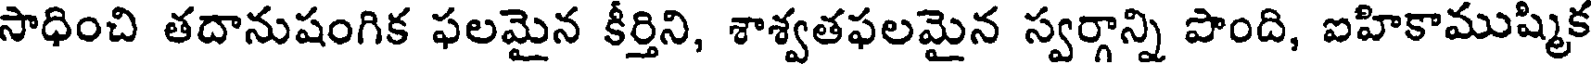
సాధించి తదానుషంగిక ఫలమైన కీర్తిని, శాశ్వతఫలమైన స్వర్గాన్ని పొంది, ఐహికాముష్మిక